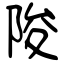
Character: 陖